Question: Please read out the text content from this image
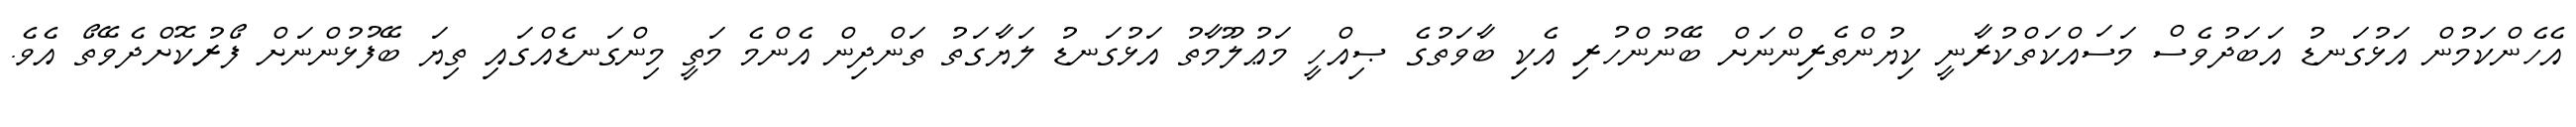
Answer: އެހެންކަމުން އަޅުގަނޑު އަބަދުވެސް މަސައްކަތްކުރާނީ ކިޔުންތެރިންނަށް ބޭނުންހުރި އެކި ބާވަތުގެ ޞިއްހީ މަޢުލޫމާތު އަޅުގަނޑު ލަޔާގަތު ތަންދިން އެންމެ މަތީ މިންގަނޑެއްގައި ތިޔަ ބޭފުޅުންނަށް ފޯރުކޮށްދެވޭތޯ އެވެ.